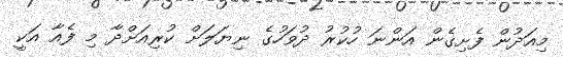
މިއަދުން ފެށިގެން އަންނަ ހުކުރު ދުވަހުގެ ނިޔަލަށް ކުރިއަށްދާ މި ފެއާ އަކީ